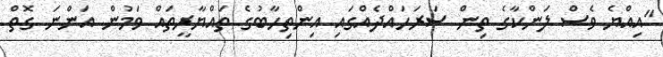
"އިއްޔެ ވެސް ލަންކާގެ ތިން ސަރަހައްދެއްގައި އިންތިހާބުގެ ތައްޔާރީތައް ވަމުން އަންނަ ގޮތް